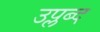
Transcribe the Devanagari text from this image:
उप्लब्द